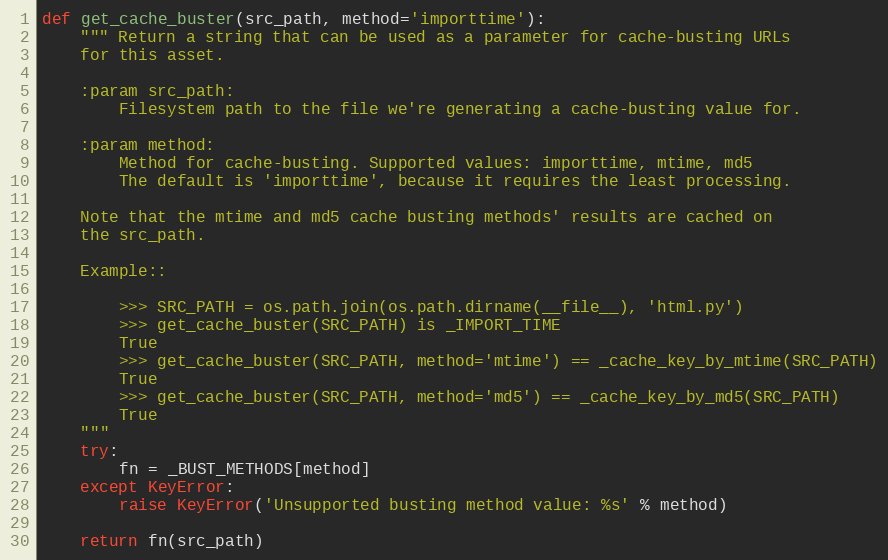
Language: Python
def get_cache_buster(src_path, method='importtime'):
    """ Return a string that can be used as a parameter for cache-busting URLs
    for this asset.

    :param src_path:
        Filesystem path to the file we're generating a cache-busting value for.

    :param method:
        Method for cache-busting. Supported values: importtime, mtime, md5
        The default is 'importtime', because it requires the least processing.

    Note that the mtime and md5 cache busting methods' results are cached on
    the src_path.

    Example::

        >>> SRC_PATH = os.path.join(os.path.dirname(__file__), 'html.py')
        >>> get_cache_buster(SRC_PATH) is _IMPORT_TIME
        True
        >>> get_cache_buster(SRC_PATH, method='mtime') == _cache_key_by_mtime(SRC_PATH)
        True
        >>> get_cache_buster(SRC_PATH, method='md5') == _cache_key_by_md5(SRC_PATH)
        True
    """
    try:
        fn = _BUST_METHODS[method]
    except KeyError:
        raise KeyError('Unsupported busting method value: %s' % method)

    return fn(src_path)